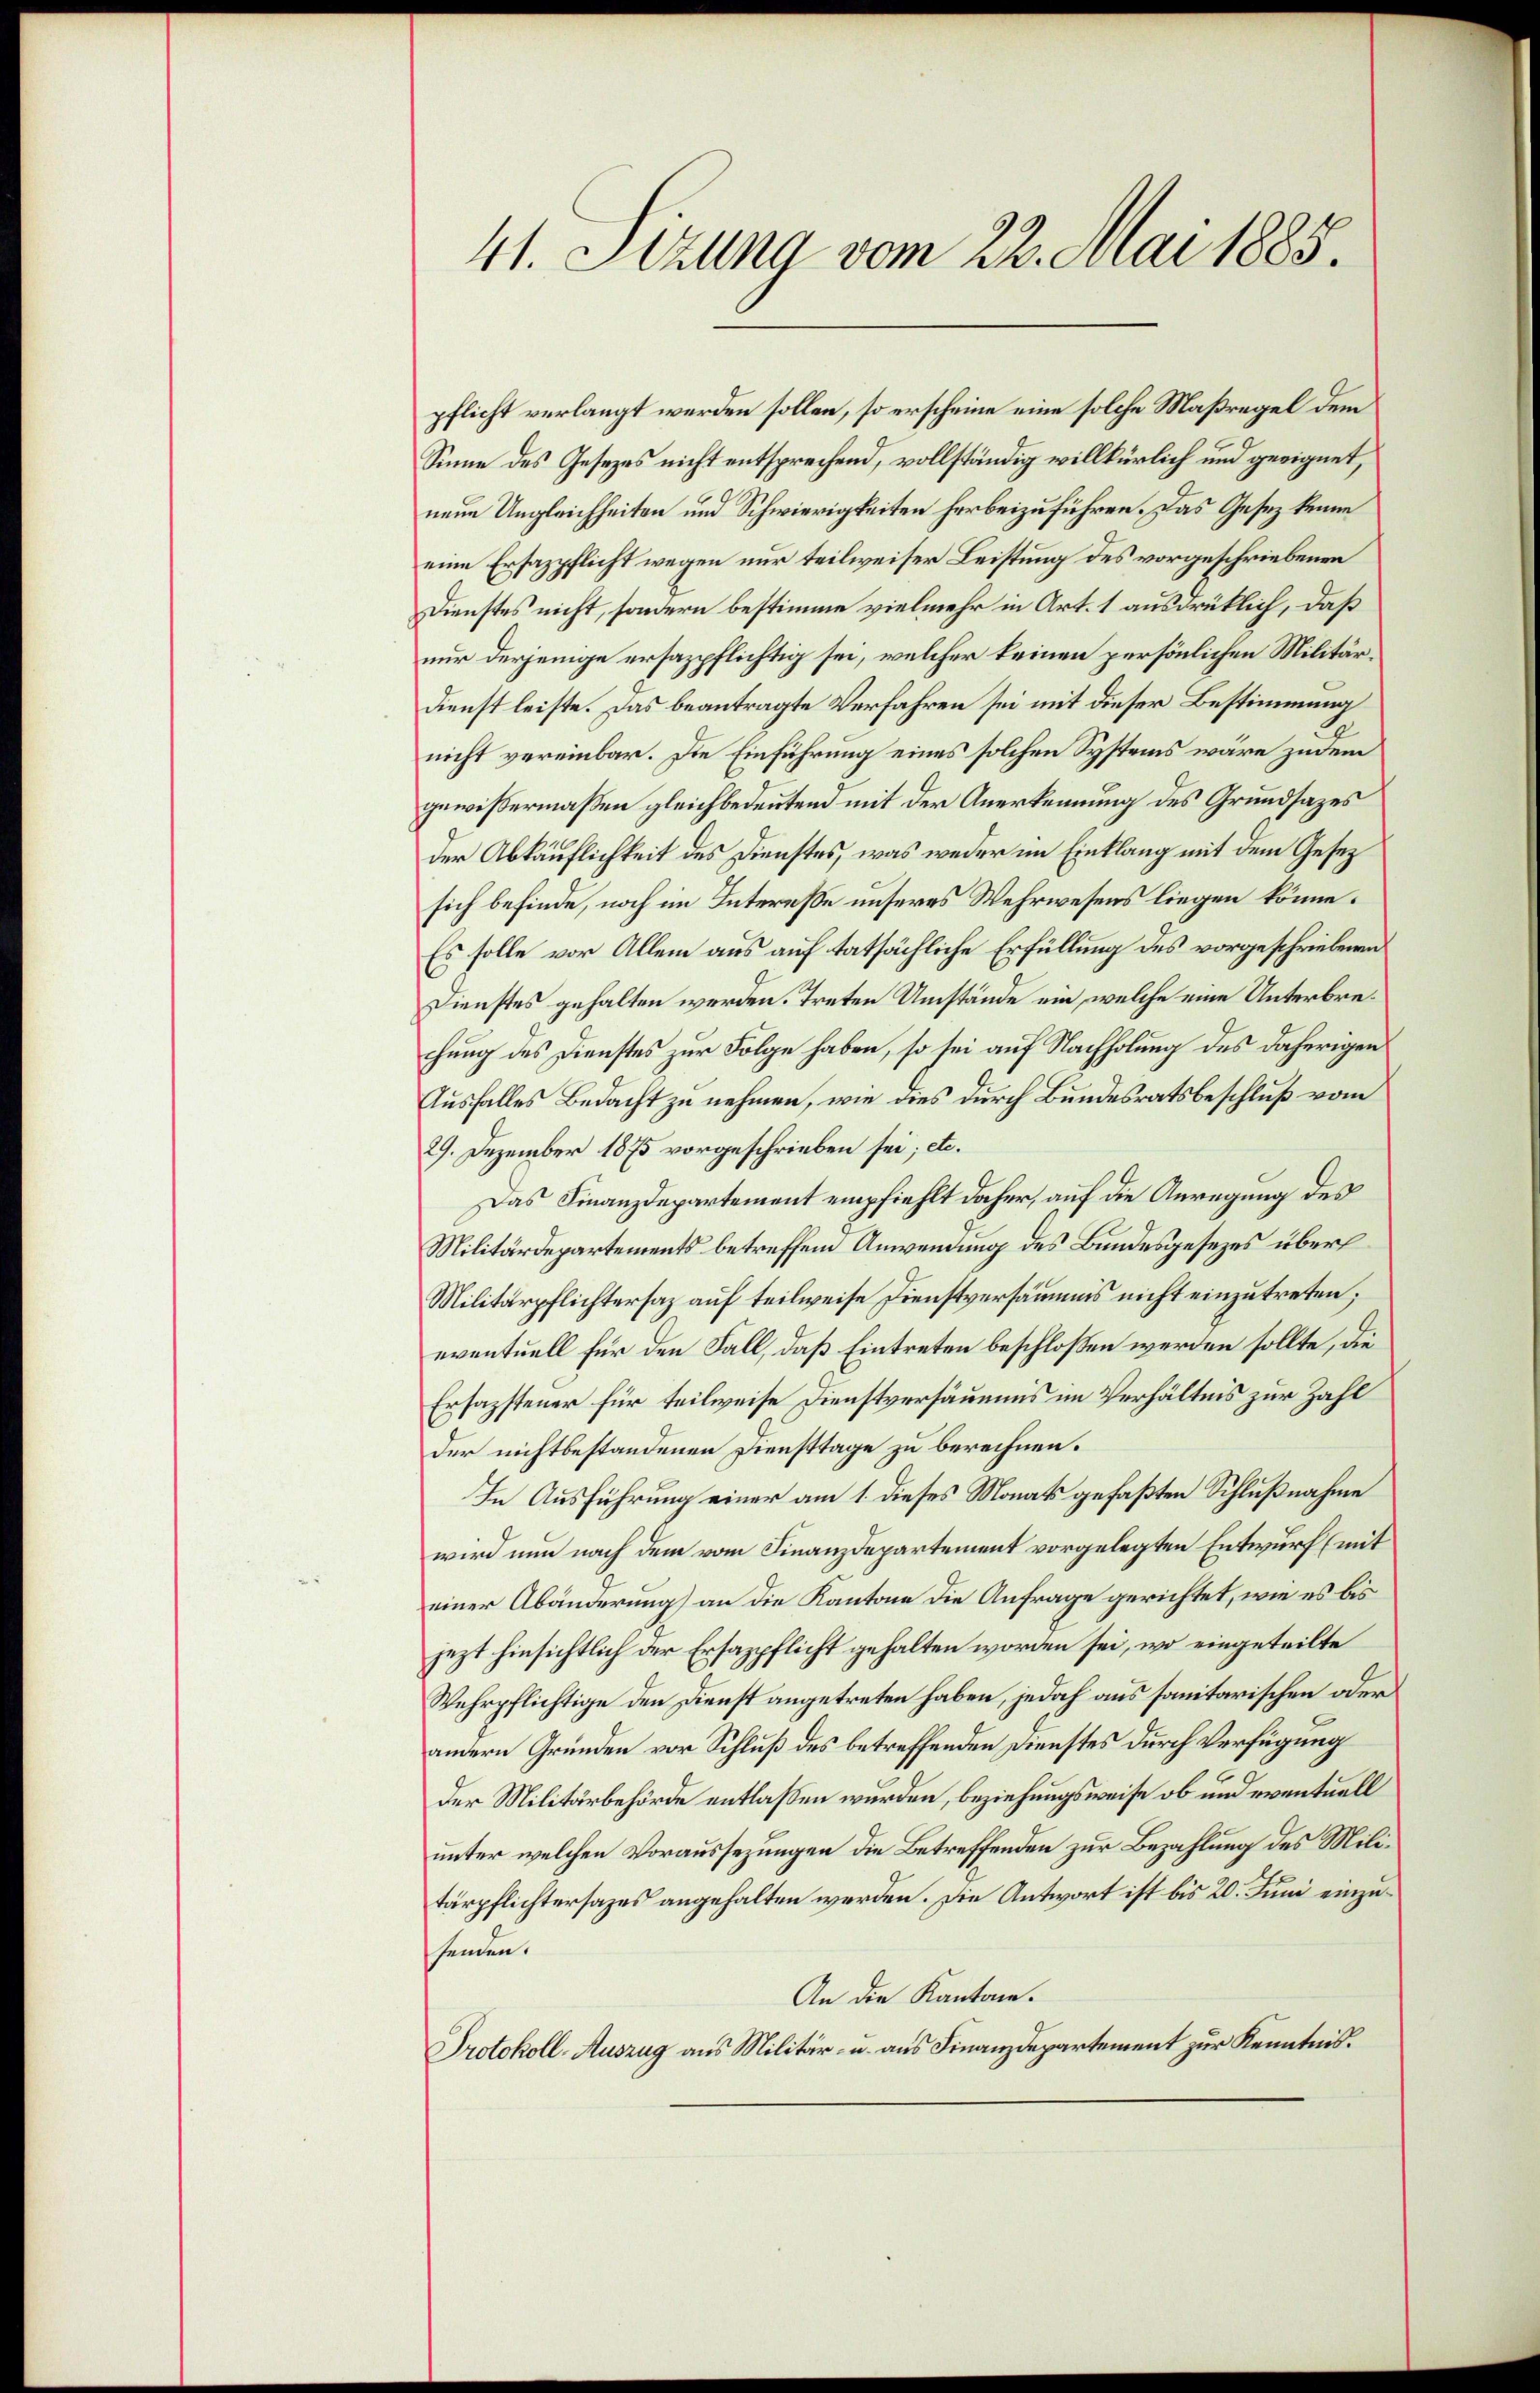
41. Sizung vom 22. Mai 1885.

pflicht verlangt werden sollen, so erscheine eine solche Maßregel dem
Sinne des Gesezes nicht entsprechend, vollständig willkürlich und geeignet,
neue Ungleichheiten und Schwierigkeiten herbeizuführen. Das Gesetz kenne
eine Ersazpflicht wegen nur teilweiser Leistung des vorgeschriebenen
Dienstes nicht, sondern bestimme vielmehr in Art. 1 ausdrüklich, daß
nur derjenige ersazpflichtig sei, welcher keinen persönlichen Militär¬
Dienst leiste. Das beantragte Verfahren sei mit dieser Bestimmung
nicht vereinbar. Die Einführung eines solchen Systems wäre zudem
gewißermaßen gleichbedeutend mit der Anerkennung des Grundsatzes
der Abkäuflichkeit des Dienstes, was weder im Einklang mit dem Gesez
sich befinde, noch im Interesse unseres Wehrwesens liegen könne.
Es solle vor Allem aus auf tatsächliche Erfüllung des vorgeschriebenen
Dienstes gehalten werden. Treten Umstände ein, welche eine Unterbrechung des Dienstes zur Folge haben, so sei auf Nachholung des daherigen
Ausfalles Bedacht zu nehmen, wie dies durch Bundesratsbeschluß vom
29. Dezember 1875 vorgeschrieben sei; etc.
Das Finanzdepartement empfiehlt daher, auf die Anregung des
Militärdepartements betreffend Anwendung des Bundesgesezes über
Militärpflichtersaz auf teilweise Dienstversäums nicht einzutreten;
eventuell für den Fall, daß Eintreten beschloßen werden sollte, die
Ersazsteuer für teilweise Dienstversäumnis im Verhältnis zur Zahl
der nichtbestandenen Diensttage zu berechnen.
In Ausführung einer am 1. dieses Monats gefaßten Schlußnahme
wird nun nach dem vom Finanzdepartement vorgelegten Entwurf (mit
einer Abänderung) an die Kantone die Anfrage gerichtet, wie es bis
jezt hinsichtlich der Ersazpflicht gehalten worden sei, wo eingeteilte
Wehrpflichtige den Dienst angetreten haben, jedoch aus sanitarischen oder
andern Gründen vor Schluß des betreffenden Dienstes durch Verfügung
der Militärbehörde entlaßen wurden, beziehungsweise ob und eventuell
unter welchen Voraussezungen die Betreffenden zur Bezahlung des Militärpflichtersages angehalten werden. Die Antwort ist bis 20. Juni einzusenden.
An die Kantone.
Protokoll-Auszug aus Militär- u. aus Finanzdepartement zur Kenntnis.